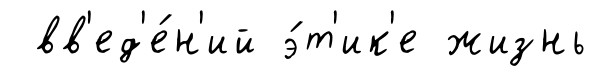
вв'ед'е́н'ий э́т'ик'е жизнь